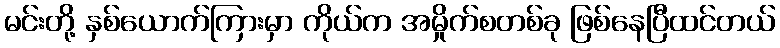
မင်းတို့ နှစ်ယောက်ကြားမှာ ကိုယ်က အမှိုက်စတစ်ခု ဖြစ်နေပြီထင်တယ်